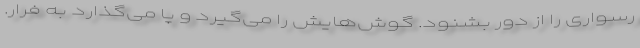
رسواری را از دور بشنود. گوش‌هایش را می‌گیرد و پا می‌گذارد به فرار.